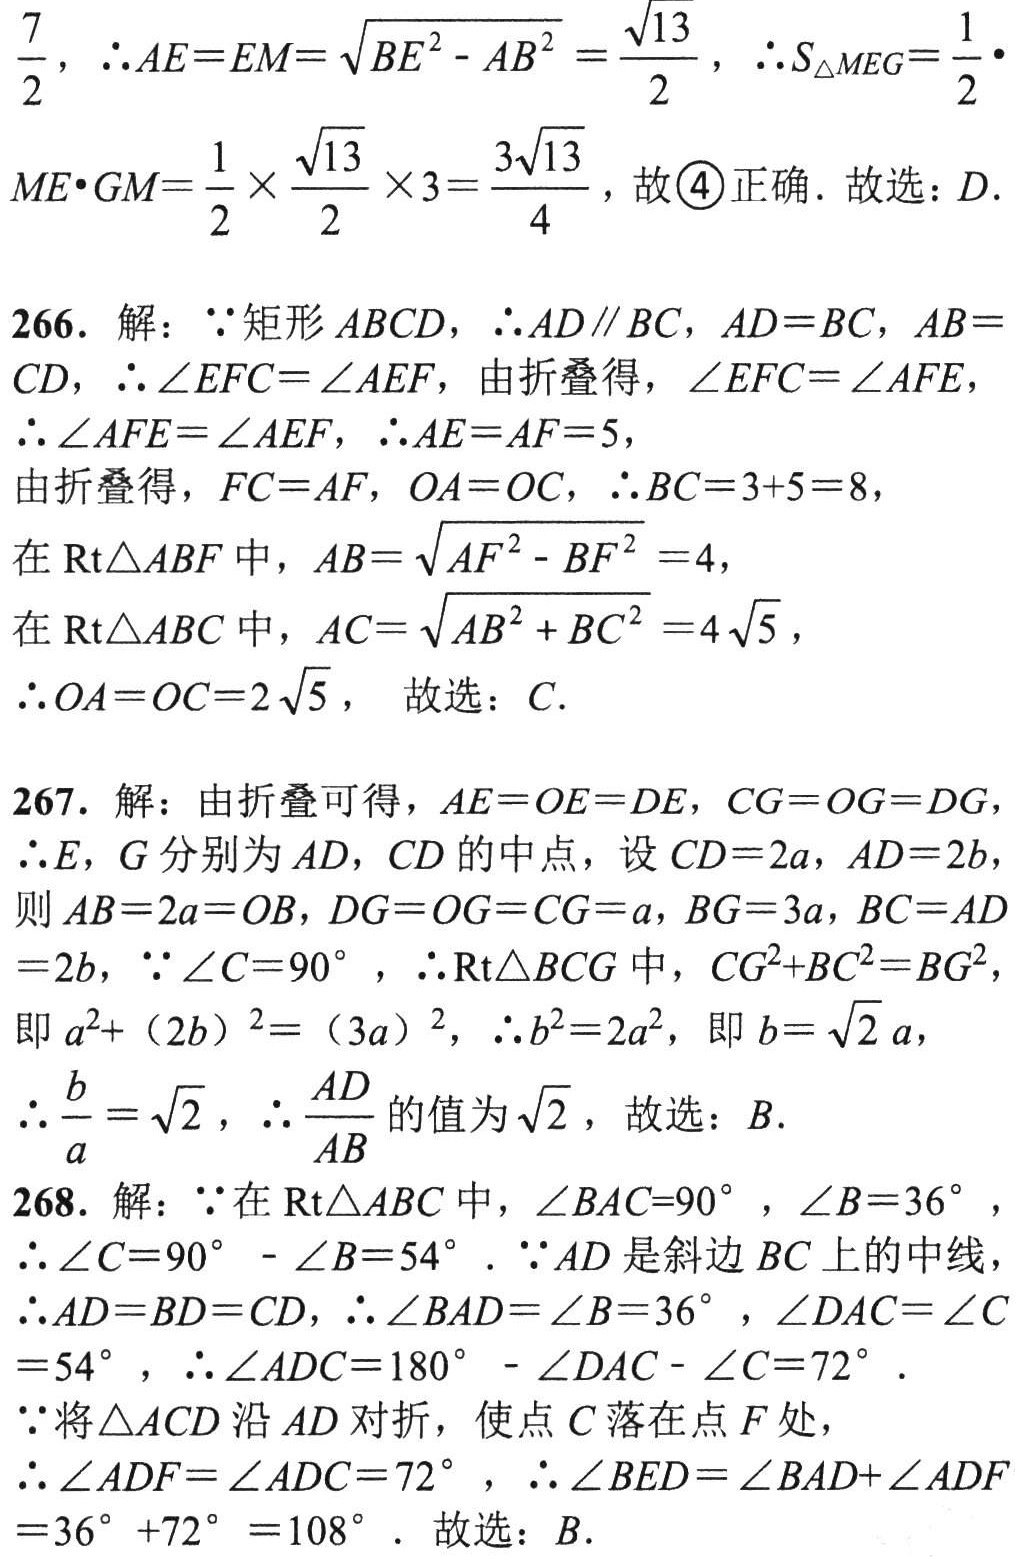
$\frac{7}{2}，\therefore AE = EM=\sqrt{BE^{2}-AB^{2}}=\frac{\sqrt{13}}{2}，\therefore S_{\triangle MEG}=\frac{1}{2}\cdot$
$ME\cdot GM=\frac{1}{2}\times\frac{\sqrt{13}}{2}\times3 = \frac{3\sqrt{13}}{4}，故\textcircled{4}正确. 故选：D.$
266. 解：$\because$矩形$ABCD，\therefore AD\parallel BC，AD = BC，AB =$
$CD，\therefore\angle EFC=\angle AEF，由折叠得，\angle EFC=\angle AFE，$
$\therefore\angle AFE=\angle AEF，\therefore AE = AF = 5，$
$由折叠得，FC = AF，OA = OC，\therefore BC = 3 + 5 = 8，$
$在\text{Rt}\triangle ABF中，AB=\sqrt{AF^{2}-BF^{2}} = 4，$
$在\text{Rt}\triangle ABC中，AC=\sqrt{AB^{2}+BC^{2}} = 4\sqrt{5}，$
$\therefore OA = OC = 2\sqrt{5}， 故选：C.$
267. 解：由折叠可得，$AE = OE = DE，CG = OG = DG，$
$\therefore E，G分别为AD，CD的中点，设CD = 2a，AD = 2b$
$则AB = 2a = OB，DG = OG = CG = a，BG = 3a，BC = AD$
$= 2b，\because\angle C = 90^{\circ}，\therefore\text{Rt}\triangle BCG中，CG^{2}+BC^{2}=BG^{2}$
$即a^{2}+(2b)^{2}=(3a)^{2}，\therefore b^{2}=2a^{2}，即b = \sqrt{2}a，$
$\therefore\frac{b}{a}=\sqrt{2}，\therefore\frac{AD}{AB}的值为\sqrt{2}，故选：B.$
268. 解：$\because在\text{Rt}\triangle ABC中，\angle BAC = 90^{\circ}，\angle B = 36^{\circ}，$
$\therefore\angle C = 90^{\circ}-\angle B = 54^{\circ}.\because AD是斜边BC上的中线，$
$\therefore AD = BD = CD，\therefore\angle BAD=\angle B = 36^{\circ}，\angle DAC=\angle C$
$= 54^{\circ}，\therefore\angle ADC = 180^{\circ}-\angle DAC-\angle C = 72^{\circ}.$
$\because将\triangle ACD沿AD对折，使点C落在点F处，$
$\therefore\angle ADF=\angle ADC = 72^{\circ}，\therefore\angle BED=\angle BAD+\angle ADF$
$= 36^{\circ}+72^{\circ}=108^{\circ}. 故选：B.$